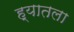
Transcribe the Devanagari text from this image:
ह्यातला